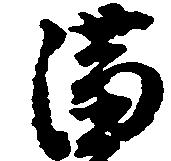
満